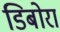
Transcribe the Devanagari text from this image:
डिबोरा